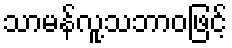
သာမန်လူ့သဘာဝဖြင့်